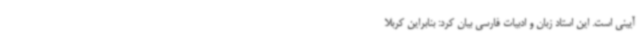
آیینی است. این استاد زبان و ادبیات فارسی بیان کرد: بنابراین کربلا